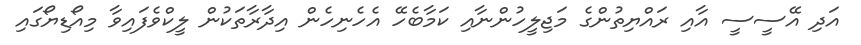
އަދި އޭސީސީ އާއި ރައްޔިތުންގެ މަޖިލީހުންނާއި ކަމާބެހޭ އެހެނިހެން އިދާރާތަކުން ލީކްވެފައިވާ މިއޯޑިޔޯގައި